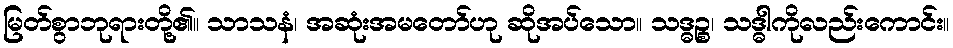
မြတ်စွာဘုရားတို့၏။ သာသနံ၊ အဆုံးအမတော်ဟု ဆိုအပ်သော။ သဒ္ဓဉ္စ၊ သဒ္ဓါကိုလည်းကောင်း။